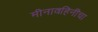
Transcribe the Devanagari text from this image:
मीनावहिनींचा